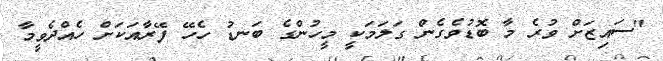
"ސައިޒަށް ވުރެ މާ ބޮޑުވެގެން ގަލަމަކީ މީހުންގެ ބަނޑު ހެހޭ ފޭރާއަކަށް ހެއްދެވީމާ